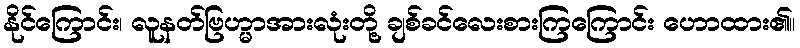
နိုင်ကြောင်း၊ လူနတ်ဗြဟ္မာအားလုံးတို့ ချစ်ခင်လေးစားကြကြောင်း ဟောထား၏။